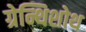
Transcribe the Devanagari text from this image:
ग्रेन्थिशोथ